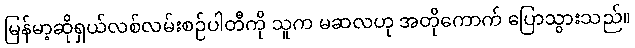
မြန်မာ့ဆိုရှယ်လစ်လမ်းစဉ်ပါတီကို သူက မဆလဟု အတိုကောက် ပြောသွားသည်။